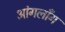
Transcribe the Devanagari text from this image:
आंगलॉँग